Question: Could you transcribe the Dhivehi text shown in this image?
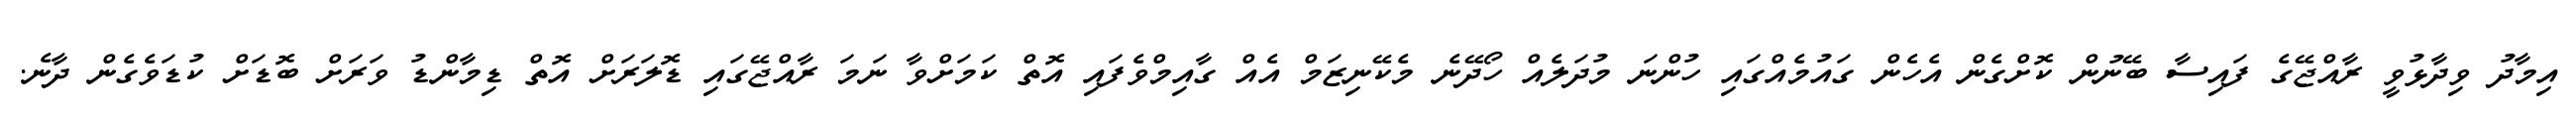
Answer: އިމާދު ވިދާޅުވީ ރާއްޖޭގެ ފައިސާ ބޭނުން ކޮށްގެން އެހެން ގައުމެއްގައި ހުންނަ މުދަލެއް ހޯދޭނެ މެކޭނިޒަމް އެއް ގާއިމްވެފައި އޮތް ކަމަށްވާ ނަމަ ރާއްޖޭގައި ޑޮލަރަށް އޮތް ޑިމާންޑު ވަރަށް ބޮޑަށް ކުޑަވެގެން ދާނެ.